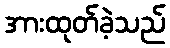
အားထုတ်ခဲ့သည်